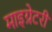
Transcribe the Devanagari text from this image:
माइग्रेटरी